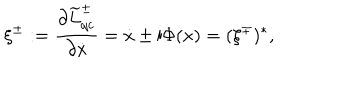
LaTeX: \xi ^ { \pm } : = \frac { \partial \widetilde { L } _ { \mathrm { q c } } ^ { \pm } } { \partial \dot { x } } = \dot { x } \pm \mathrm { i } \Phi ( x ) = ( \xi ^ { \mp } ) ^ { * } ,